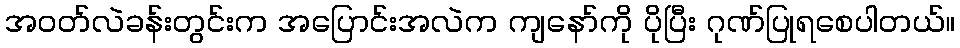
အဝတ်လဲခန်းတွင်းက အပြောင်းအလဲက ကျနော်ကို ပိုပြီး ဂုဏ်ပြုရစေပါတယ်။